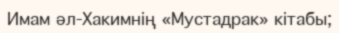
Имам әл-Хакимнің «Мустадрак» кітабы;